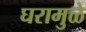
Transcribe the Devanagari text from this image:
घरामुळे